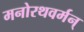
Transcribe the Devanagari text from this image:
मनोरथवर्मन्